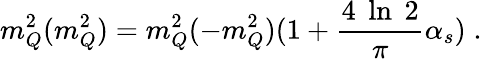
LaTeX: m_{Q}^{2}(m_{Q}^{2})=m_{Q}^{2}(-m_{Q}^{2})(1+\frac{4\; \ln\; 2}{\pi}\alpha_{s})\; .